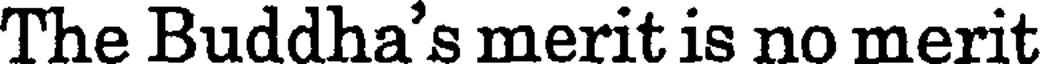
The Buddha's merit is no merit